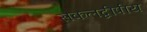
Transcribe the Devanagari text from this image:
सकलद्वीपीय